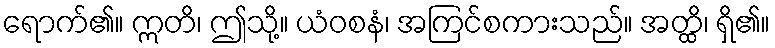
ရောက်၏။ ဣတိ၊ ဤသို့။ ယံဝစနံ၊ အကြင်စကားသည်။ အတ္ထိ၊ ရှိ၏။